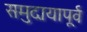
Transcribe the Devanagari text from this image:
समुदायापूर्व